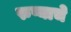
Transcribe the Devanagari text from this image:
रुप्याचे